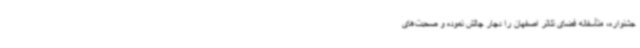
جشنواره، متأسفانه فضای تئاتر اصفهان را دچار چالش نموده و صحبت‌های